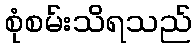
စုံစမ်းသိရသည်